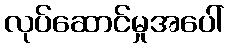
လုပ်ဆောင်မှုအပေါ်